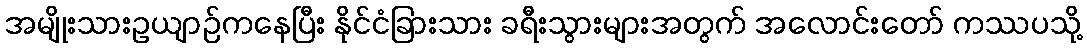
အမျိုးသားဥယျာဉ်ကနေပြီး နိုင်ငံခြားသား ခရီးသွားများအတွက် အလောင်းတော် ကဿပသို့